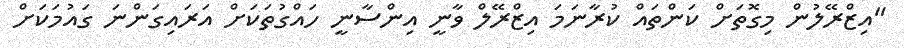
"އިޒްރޭލުން މިގޮތަށް ކަންތައް ކުރާނަމަ އިޒްރޭލް ވާނީ އިންސާނީ ހައްގުތަކަށް އަރައިގަންނަ ގައުމަކަށް